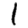
Digit: 1